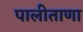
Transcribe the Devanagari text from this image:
पालीताणा